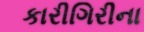
કારીગિરીના